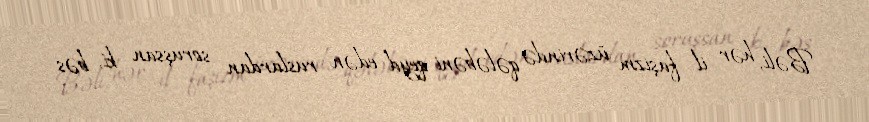
Bəli, hər il faşizm üzərində qələbəni qeyd edən ruslardan soruşsan ki, bəs